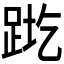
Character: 𬦬